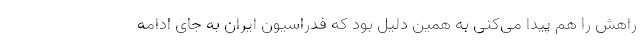
راهش را هم پیدا می‌کنی به همین دلیل بود که فدراسیون ایران به جای ادامه